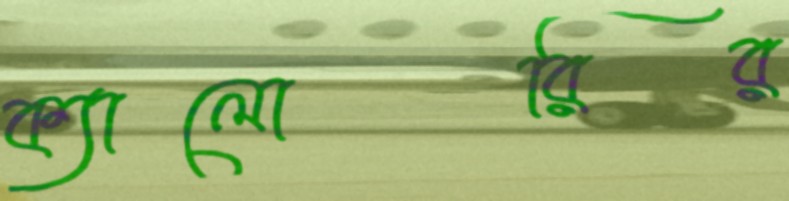
ক্যালোরির